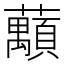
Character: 𱿂